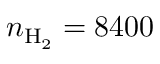
n _ { \mathrm { H _ { 2 } } } = 8 4 0 0